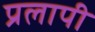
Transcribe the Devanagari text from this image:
प्रलापी